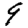
Digit: 9